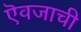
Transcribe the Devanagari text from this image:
ऎवजाची